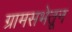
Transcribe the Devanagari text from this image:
ग्रामसभेतून